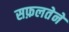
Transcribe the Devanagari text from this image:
सफ़लतेने